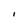
Character: i